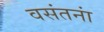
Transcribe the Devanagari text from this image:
वसंतनां